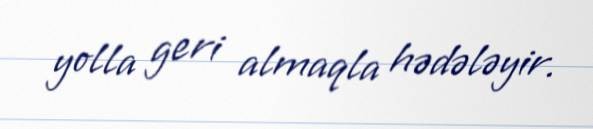
yolla geri almaqla hədələyir.